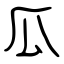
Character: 瓜